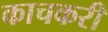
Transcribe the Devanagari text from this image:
काचकरी